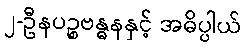
၂-ဦနပဉ္စဗန္ဓနနှင့် အဓိပ္ပါယ်